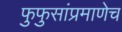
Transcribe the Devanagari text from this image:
फुफुसांप्रमाणेच